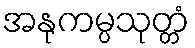
အနုကမ္ပသုတ္တံ